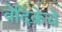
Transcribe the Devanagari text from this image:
वेदिकेचे